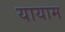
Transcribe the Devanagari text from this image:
यायाम